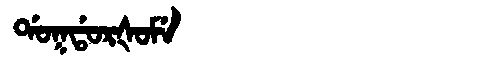
Manchu: ᡩᠣᡴᡩᠣᡵᡧᠣᠮᡝ
Romanization: DOKDORŠOME